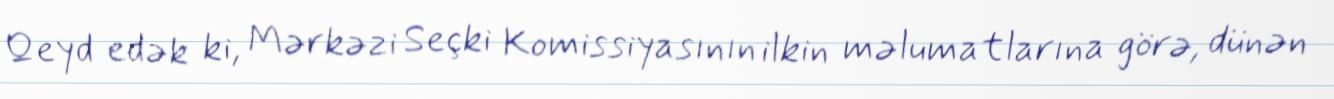
Qeyd edək ki, Mərkəzi Seçki Komissiyasının ilkin məlumatlarına görə, dünən